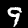
Digit: 9